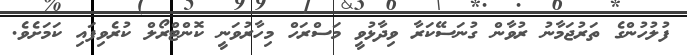
ފުލުހުންގެ ތަރުޖަމާނު ރުވާން ގުނަސޭކަރާ ވިދާޅުވީ މަސްރަހް މިހާރުވަނީ ކޮންޓްރޯލް ކުރެވިފައި ކަމަށެވެ.